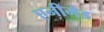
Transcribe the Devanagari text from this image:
एनीमेड